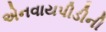
એનવાયપીડીની